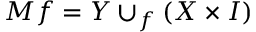
M f = Y \cup _ { f } ( X \times I )